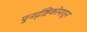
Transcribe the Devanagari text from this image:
पुनर्दृष्टिकोनातून